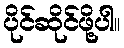
ပိုင်ဆိုင်ဖို့ပါ။